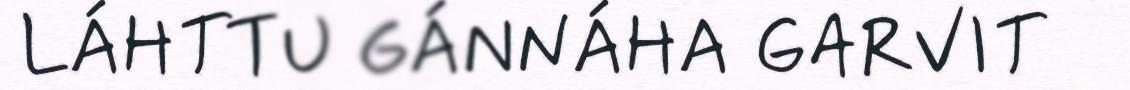
LÁHTTU GÁNNÁHA GARVIT